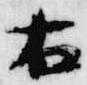
右